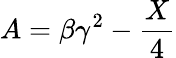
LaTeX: A=\beta\gamma^{2}-\frac{X}{4}